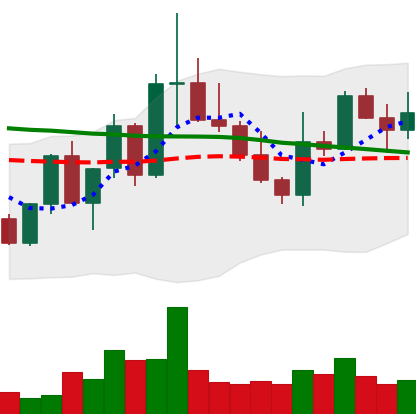
Ticker: XLM-USD
Chart end date: 2022-10-04
Forward return: 8.14%
Label: up_7plus